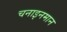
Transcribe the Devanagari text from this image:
चनाइनमान